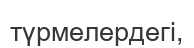
түрмелердегі,